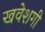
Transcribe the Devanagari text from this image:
खवेशगी